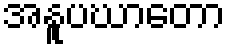
အနူပဃာတော